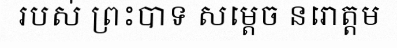
របស់ ព្រះបាទ សម្តេច នរោត្តម